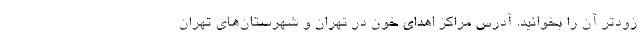
زودتر آن را بخوانید. آدرس مراکز اهدای خون در تهران و شهرستان‌های تهران